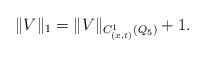
LaTeX: \begin{align*}\|V\|_1= \|V\|_{C^1_{(x,t)}(Q_5)} +1.\end{align*}